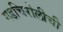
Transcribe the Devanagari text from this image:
गडचिरोलीची